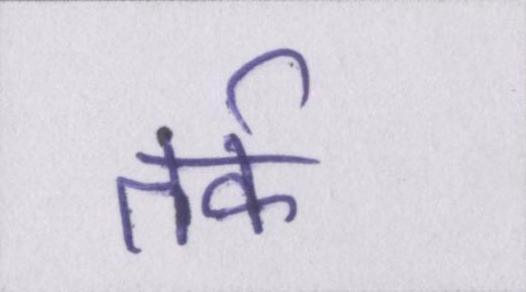
तर्क